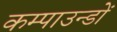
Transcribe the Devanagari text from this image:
कम्पाउन्डों